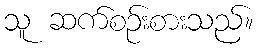
သူ ဆက်စဉ်းစားသည်။